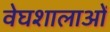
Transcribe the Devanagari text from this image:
वेघशालाओं